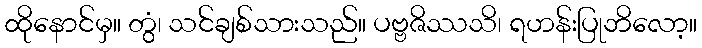
ထိုနောင်မှ။ တွံ၊ သင်ချစ်သားသည်။ ပဗ္ဗဇိဿသိ၊ ရဟန်းပြုဘိလော့။